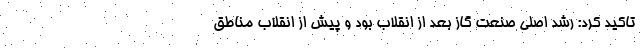
تاکید کرد: رشد اصلی صنعت گاز بعد از انقلاب بود و پیش از انقلاب مناطق